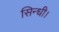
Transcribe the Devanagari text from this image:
सिन्धी।